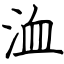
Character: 洫